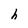
Character: h